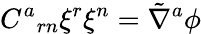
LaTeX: C^{a}{}_{rn}\xi^{r}\xi^{n}=\tilde{\nabla}^{a}\phi